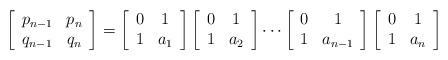
LaTeX: \begin{align*}\left[\begin{array}{cc}p_{n-1} & p_{n}\\ q_{n-1} & q_{n}\end{array}\right]=\left[\begin{array}{cc}0&1\\ 1&a_1\end{array}\right]\left[\begin{array}{cc}0&1\\ 1&a_2\end{array}\right]\cdots\left[\begin{array}{cc}0 & 1\\ 1 & a_{n-1}\end{array}\right]\left[\begin{array}{cc}0 & 1\\ 1 & a_{n}\end{array}\right]\end{align*}